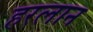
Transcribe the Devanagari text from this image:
हरलान